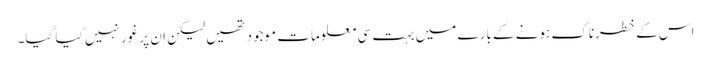
اس کے خطرناک ہونے کے بارے میں بہت سی معلومات موجود تھیں لیکن ان پر غور نہیں کیا گیا۔